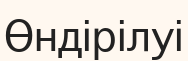
Өндірілуі